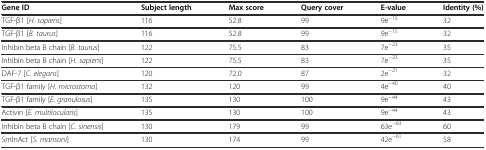
<table><thead><tr><td><b>Gene ID</b></td><td><b>Subject length</b></td><td><b>Max score</b></td><td><b>Query cover</b></td><td><b>E-value</b></td><td><b>Identity (%)</b></td></tr></thead><tbody><tr><td>TGF-β1 [<i>H. sapiens</i>]</td><td>116</td><td>52.8</td><td>99</td><td>9e<sup>−15</sup></td><td>32</td></tr><tr><td>TGF-β1 [<i>B. taurus</i>]</td><td>116</td><td>52.8</td><td>99</td><td>9e<sup>−15</sup></td><td>32</td></tr><tr><td>Inhibin beta B chain [<i>B. taurus</i>]</td><td>122</td><td>75.5</td><td>83</td><td>7e<sup>−23</sup></td><td>35</td></tr><tr><td>Inhibin beta B chain [<i>H. sapiens</i>]</td><td>122</td><td>75.5</td><td>83</td><td>7e<sup>−23</sup></td><td>35</td></tr><tr><td>DAF-7 [<i>C. elegans</i>]</td><td>120</td><td>72.0</td><td>87</td><td>2e<sup>−21</sup></td><td>32</td></tr><tr><td>TGF-β1 family [<i>H. microstoma</i>]</td><td>132</td><td>120</td><td>99</td><td>4e<sup>−40</sup></td><td>40</td></tr><tr><td>TGF-β1 family [<i>E. granulosus</i>]</td><td>135</td><td>130</td><td>100</td><td>9e<sup>−44</sup></td><td>43</td></tr><tr><td>Activin [<i>E. multilocularis</i>]</td><td>135</td><td>130</td><td>100</td><td>9e<sup>−44</sup></td><td>43</td></tr><tr><td>Inhibin beta B chain [<i>C. sinensis</i>]</td><td>130</td><td>179</td><td>99</td><td>63e<sup>−63</sup></td><td>60</td></tr><tr><td>SmInAct [<i>S. mansoni</i>]</td><td>130</td><td>174</td><td>99</td><td>42e<sup>−61</sup></td><td>58</td></tr></tbody></table>